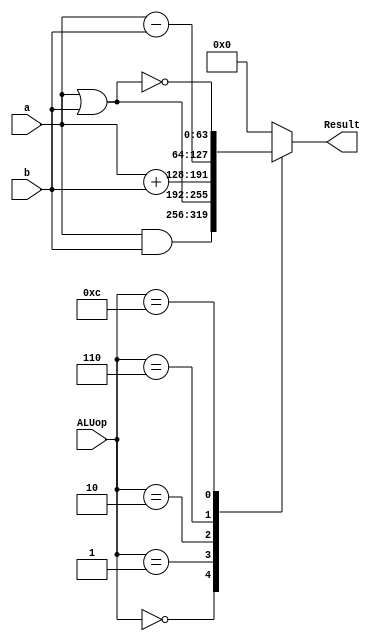
`timescale 1ns / 1ps
//////////////////////////////////////////////////////////////////////////////////
// Company: 
// Engineer: 
// 
// Design Name: 
// Module Name: ALU_64_bit
// Project Name: 
// Target Devices: 
// Tool Versions: 
// Description: 
// 
// Dependencies: 
// 
// Revision:
// Revision 0.01 - File Created
// Additional Comments:
// 
//////////////////////////////////////////////////////////////////////////////////

module ALU_64_bit(
    input [63:0]a, 
    input [63:0]b,
    input [3:0]ALUop,
    output reg [63:0]Result
    );
    
    always @(*)
    begin 
    
    case (ALUop)
         
        // when AND 
        4'b0000:  
        Result = (a&b);
        
        // when OR
        4'b0001:
        Result = (a|b);
        
        // when Addition
        4'b0010:
        Result = (a+b);

        // when Subtraction
        4'b0110:
        Result = (a-b);

        // when NOR
        4'b1100:
        Result = ~(a|b);
    
        default:
        Result = 64'h0000;
    
    endcase
    end

    
endmodule